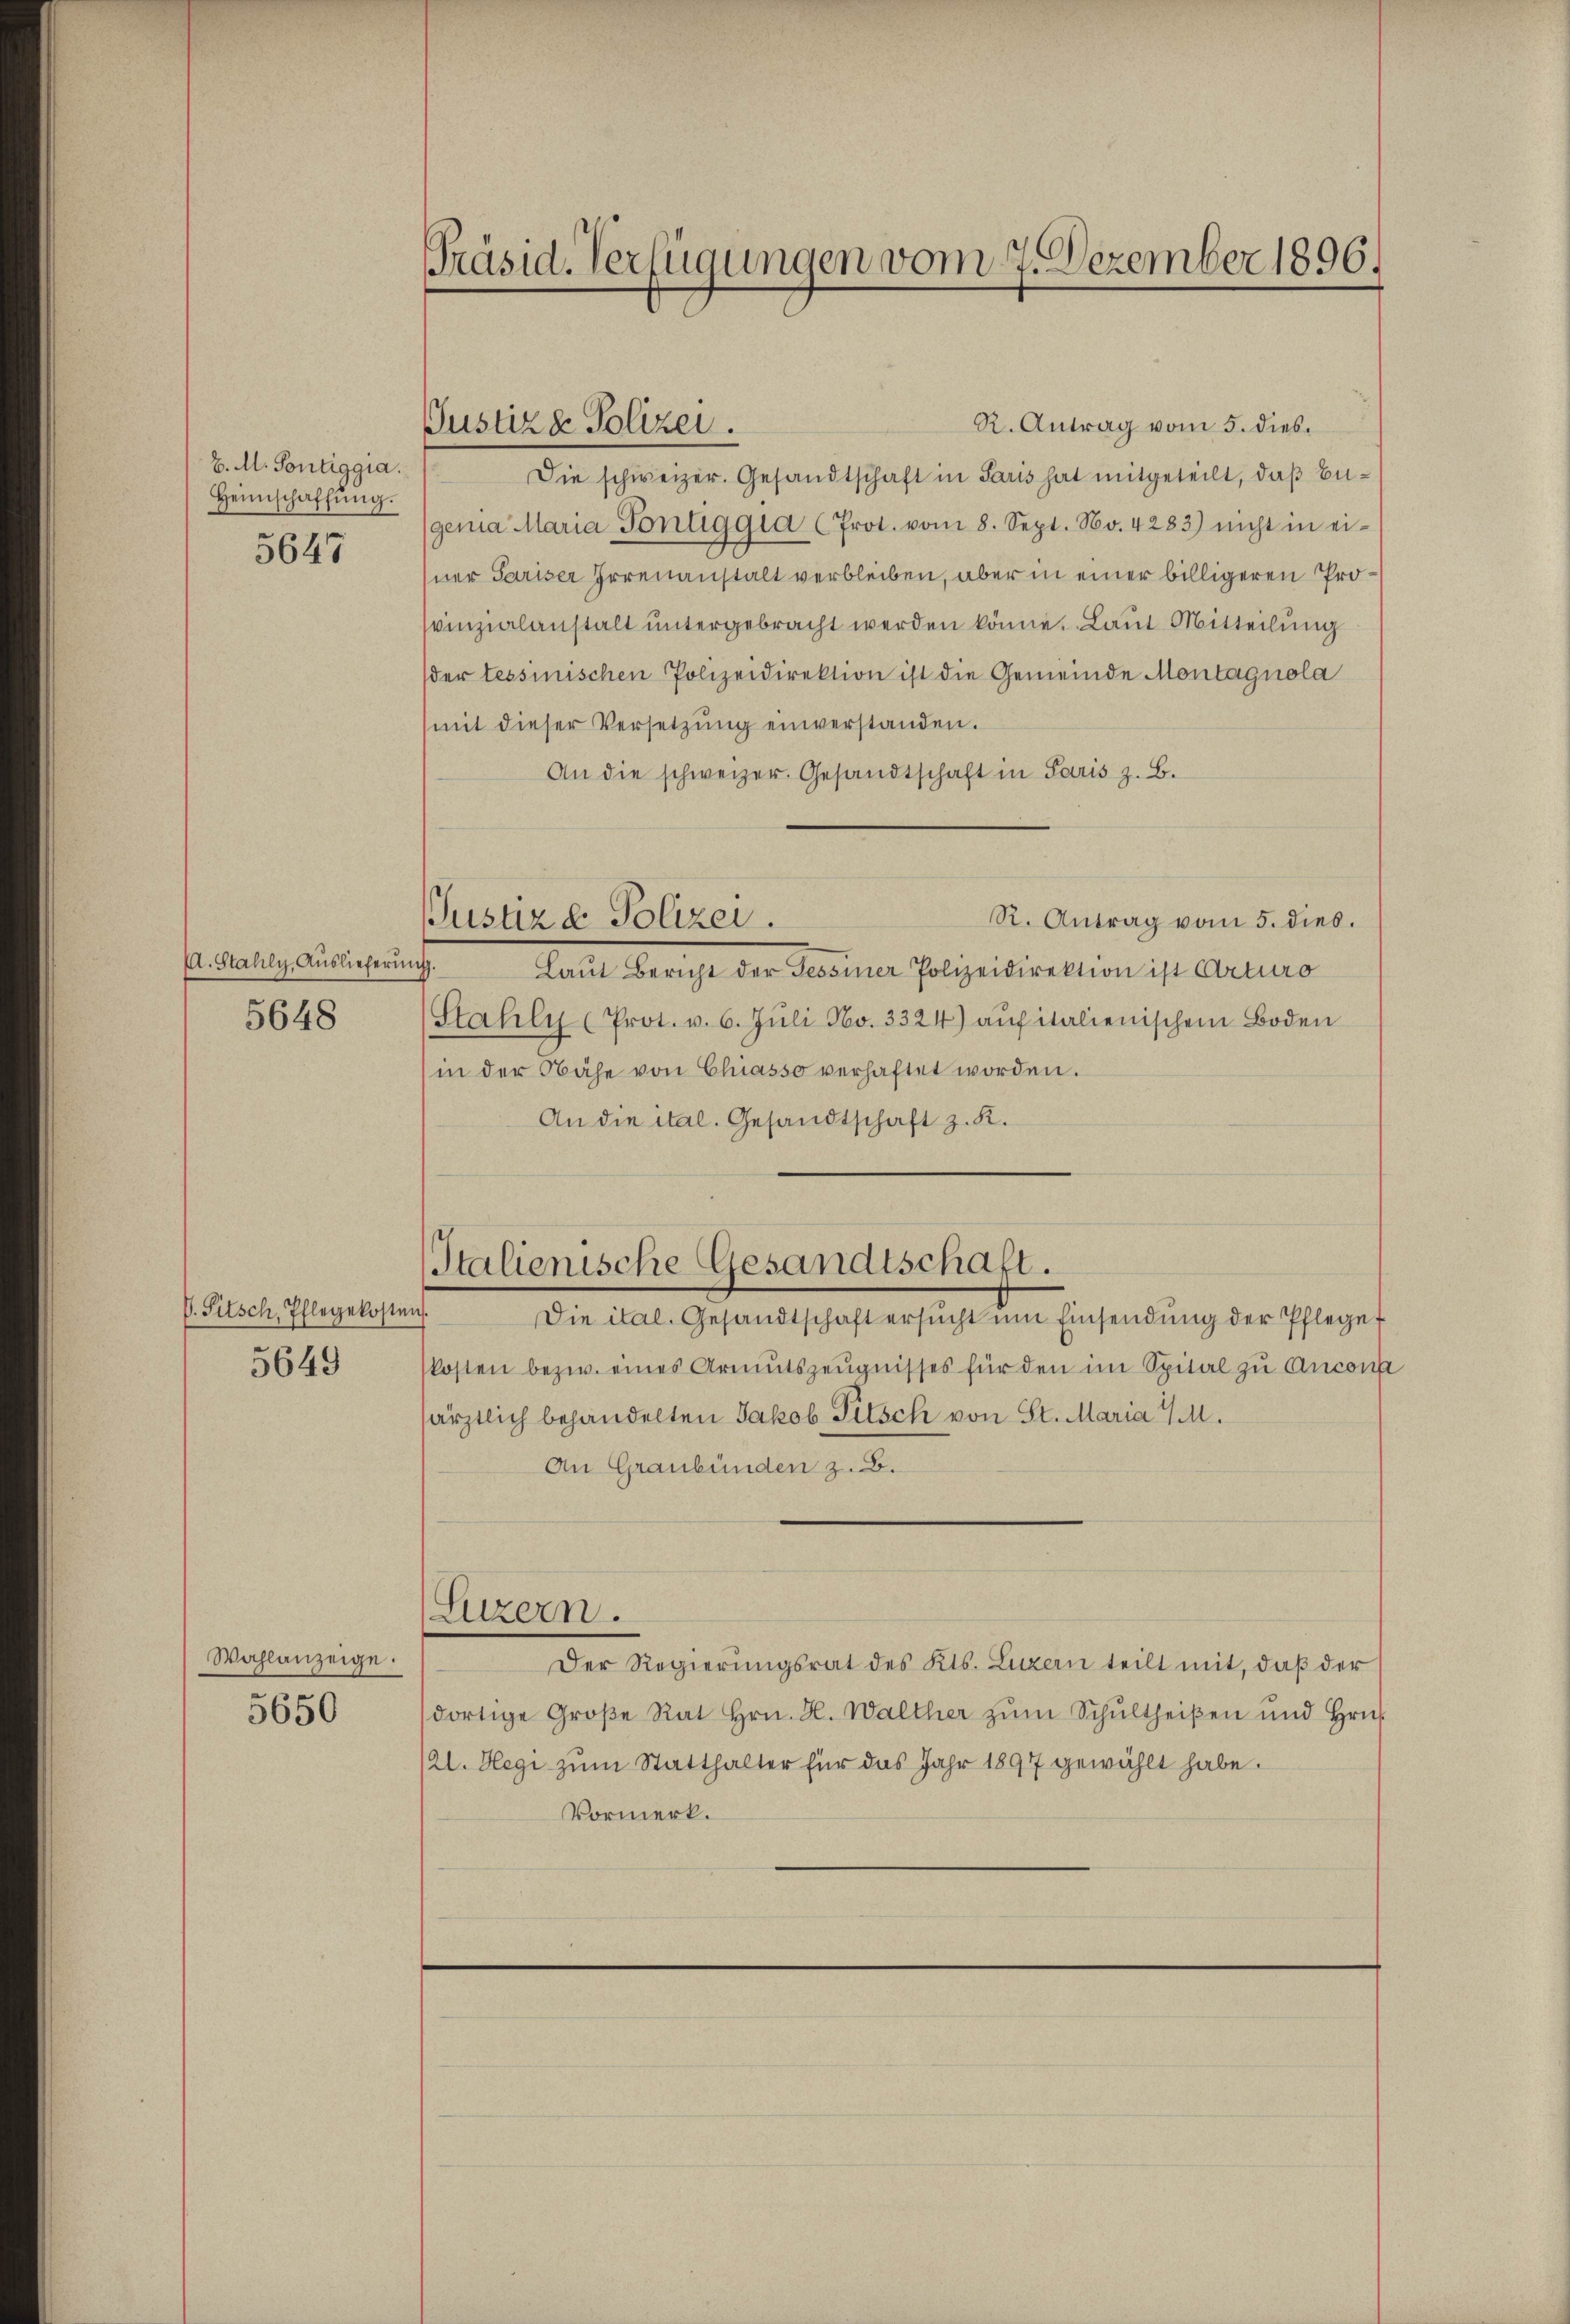
E. M. Pontiggia.
Heimschaffŭng.
5647

A. Stahly, Auslieferin
5648

P. Pitsch, Ihlegekoste
5649

Wahlanzeige.

5650

Präsid. Verfügungen vom 7. Dezember 1896.

Justiz & Polizei.

R. Antrag vom 5. dies.
Die schweizer. Gesandtschaft in Paris hat mitgeteilt, daß Eu¬
(gena Maria Pontiggia (Prot. vom 8. Sept. No. 4283) nicht in ei-
sner Pariser Irrenanstalt verbleiben, aber in einer billigeren Provinzialanstalt untergebracht werden könne. Laut Mitteilung
der tessinischen Polizeidirektion ist die Gemeinde Montagnola
(mit dieser Versetzŭng einverstanden.
An die schweizer. Gesandtschaft in Paris z. B.
R. Antrag vom 5. dies.
Justiz & Polizei.
d
Laut Bericht der Tessiner Polizeidirektion ist Arturo
(Stahly (Prot. v. 6. Jŭli No. 3324) aŭfitalienischem Boden
in der Nähe von Chiasso verhaftet worden.
An die ital. Gesandtschaft z. K.

Italienische Gesandtschaft.
e
Die ital. Gesandtschaft ersucht um Einsendung der Pflege

kosten bezw. eines Armutszeŭgnisses für den im Spital zu Ancon
särztlich behandelten Jakob Pitsch von St. Maria 1.
An Graubünden z. B.
(Luzern.
Der Regierungsrat des Kts. Luzern teilt mit, daβ der
dortige Große Rat Hrn. H. Walther zŭm Schultheißen und Hrn.
/21. Hegi zum Statthalter für das Jahr 1897 gewählt habe.
Vormerk.